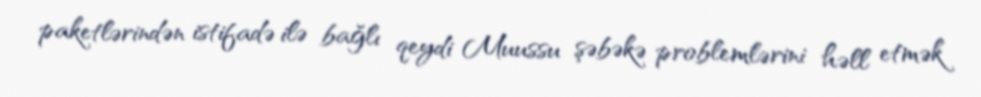
paketlərindən istifadə ilə bağlı qeydi Muussu şəbəkə problemlərini həll etmək